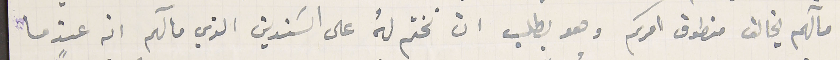
مآلهم يخالف منطوق امركم وهو يطلب ان نختم له على السَندين الذي مآلهم انه عندما